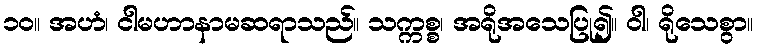
၁၀။ အဟံ၊ ငါမဟာနာမဆရာသည်။ သက္ကစ္စ၊ အရိုအသေပြု၍။ ဝါ၊ ရိုသေစွာ။